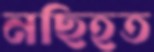
নছিহত